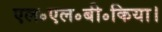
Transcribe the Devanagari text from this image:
एल॰एल॰बी॰किया।